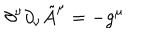
\partial ^ { \nu } \partial _ { \nu } \tilde { A } ^ { \mu } = - g ^ { \mu }